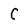
Character: C